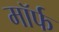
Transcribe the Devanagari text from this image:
मॉर्फ